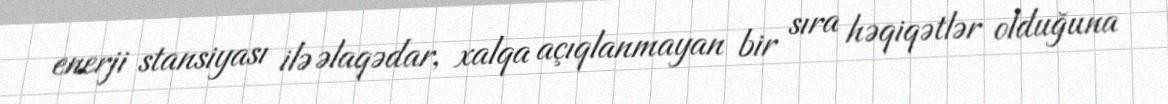
enerji stansiyası ilə əlaqədar, xalqa açıqlanmayan bir sıra həqiqətlər olduğuna